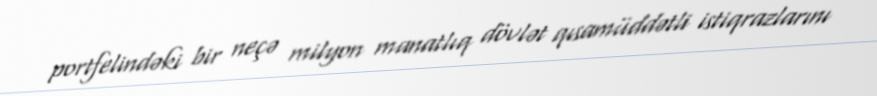
portfelindəki bir neçə milyon manatlıq dövlət qısamüddətli istiqrazlarını